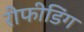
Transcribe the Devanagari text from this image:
रीफीडिंग